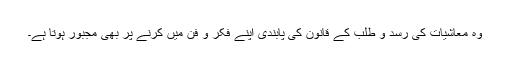
وہ معاشیات کی رسد و طلب کے قانون کی پابندی اپنے فکر و فن میں کرنے پر بھی مجبور ہوتا ہے۔